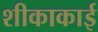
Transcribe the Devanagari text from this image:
शीकाकाई